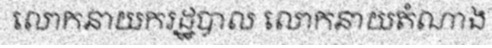
លោកនាយករដ្ឋបាល លោកនាយតំណាង